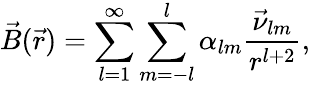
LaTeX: \vec{B}(\vec{r})=\sum_{l=1}^{\infty}\sum_{m=-l}^{l}\alpha_{lm}\frac{\vec{\nu}_{lm}}{r^{l+2}},